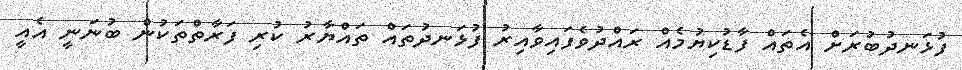
ފުޅަނދުބުރަށް އެތައް ފާޑުކިޔުމެއް ރައްދުވެފައިވާއިރު ފުޅަނދުތައް ތައްޔާރު ކުރި ފަރާތްތަކުން ބުނަނީ އެއީ